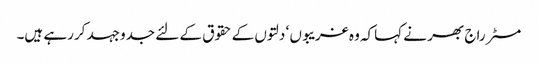
مسٹر راج بھر نے کہاکہ وہ غریبوں ‘ دلتوں کے حقوق کے لئے جدوجہد کررہے ہیں۔